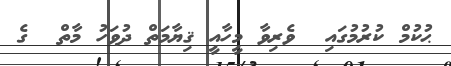
ޙުކުމް ކުރުމުގައި  ވެރިވާ މީހާއީ ޤިޔާމަތް ދުވަހު މާތް  ގެ